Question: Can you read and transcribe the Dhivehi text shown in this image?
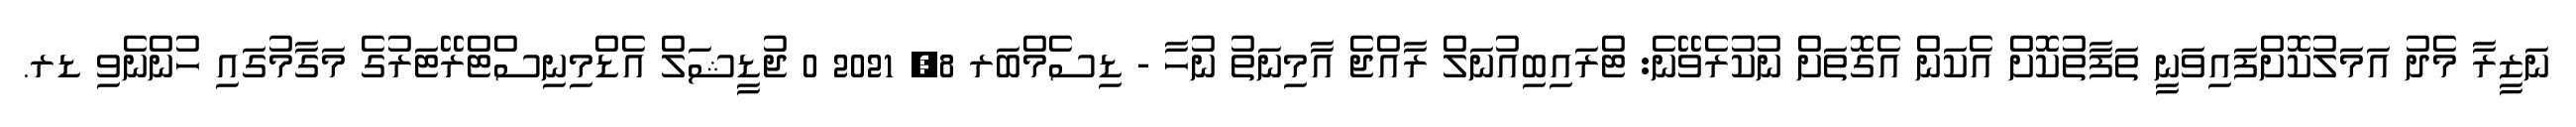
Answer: ނަޒީރާ މެދު އަމަލުކޮށްފައިވަނީ ތަފާތުކޮށް އެކަން އެގޮތަށް ނުކުރެވޭނެ: ޓްރައިބިއުނަލް ރާއްޖެ އާމިނަތު ނުހާ - ޑިސެމްބަރ 8, 2021 0 ޖުޑީޝަލް އެޑްމިނިސްޓްރޭޓަރުގެ މަގާމުގައި ހުންނެވި ޑރ.